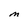
Character: M